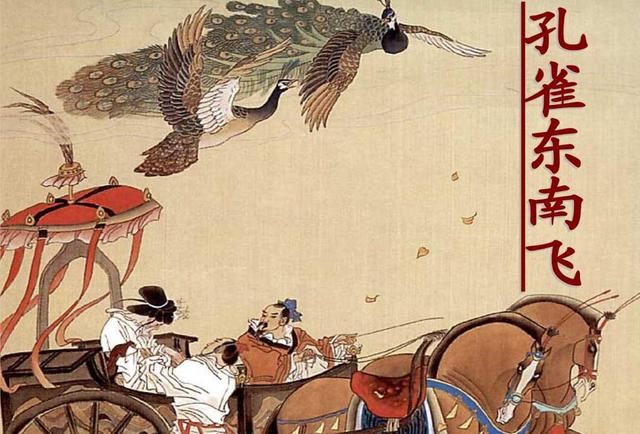
东风恶，欢情薄。